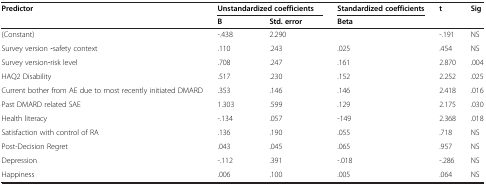
| Predictor | <COLSPAN=2> Unstandardized coefficients | Standardized coefficients | t | Sig |
 |  | B | Std. error | Beta |  |  |
 | --- | --- | --- | --- | --- | --- |
 | (Constant) | -.438 | 2.290 |  | -.191 | NS |
 | Survey version ‒safety context | .110 | .243 | .025 | .454 | NS |
 | Survey version‒risk level | .708 | .247 | .161 | 2.870 | .004 |
 | HAQ2 Disability | .517 | .230 | .152 | 2.252 | .025 |
 | Current bother from AE due to most recently initiated DMARD | .353 | .146 | .146 | 2.418 | .016 |
 | Past DMARD related SAE | 1.303 | .599 | .129 | 2.175 | .030 |
 | Health literacy | -.134 | .057 | -149 | 2.368 | .018 |
 | Satisfaction with control of RA | .136 | .190 | .055 | .718 | NS |
 | Post-Decision Regret | .043 | .045 | .065 | .957 | NS |
 | Depression | -.112 | .391 | -.018 | -.286 | NS |
 | Happiness | .006 | .100 | .005 | .064 | NS |